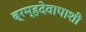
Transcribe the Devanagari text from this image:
ब्रम्हदेवापाशी